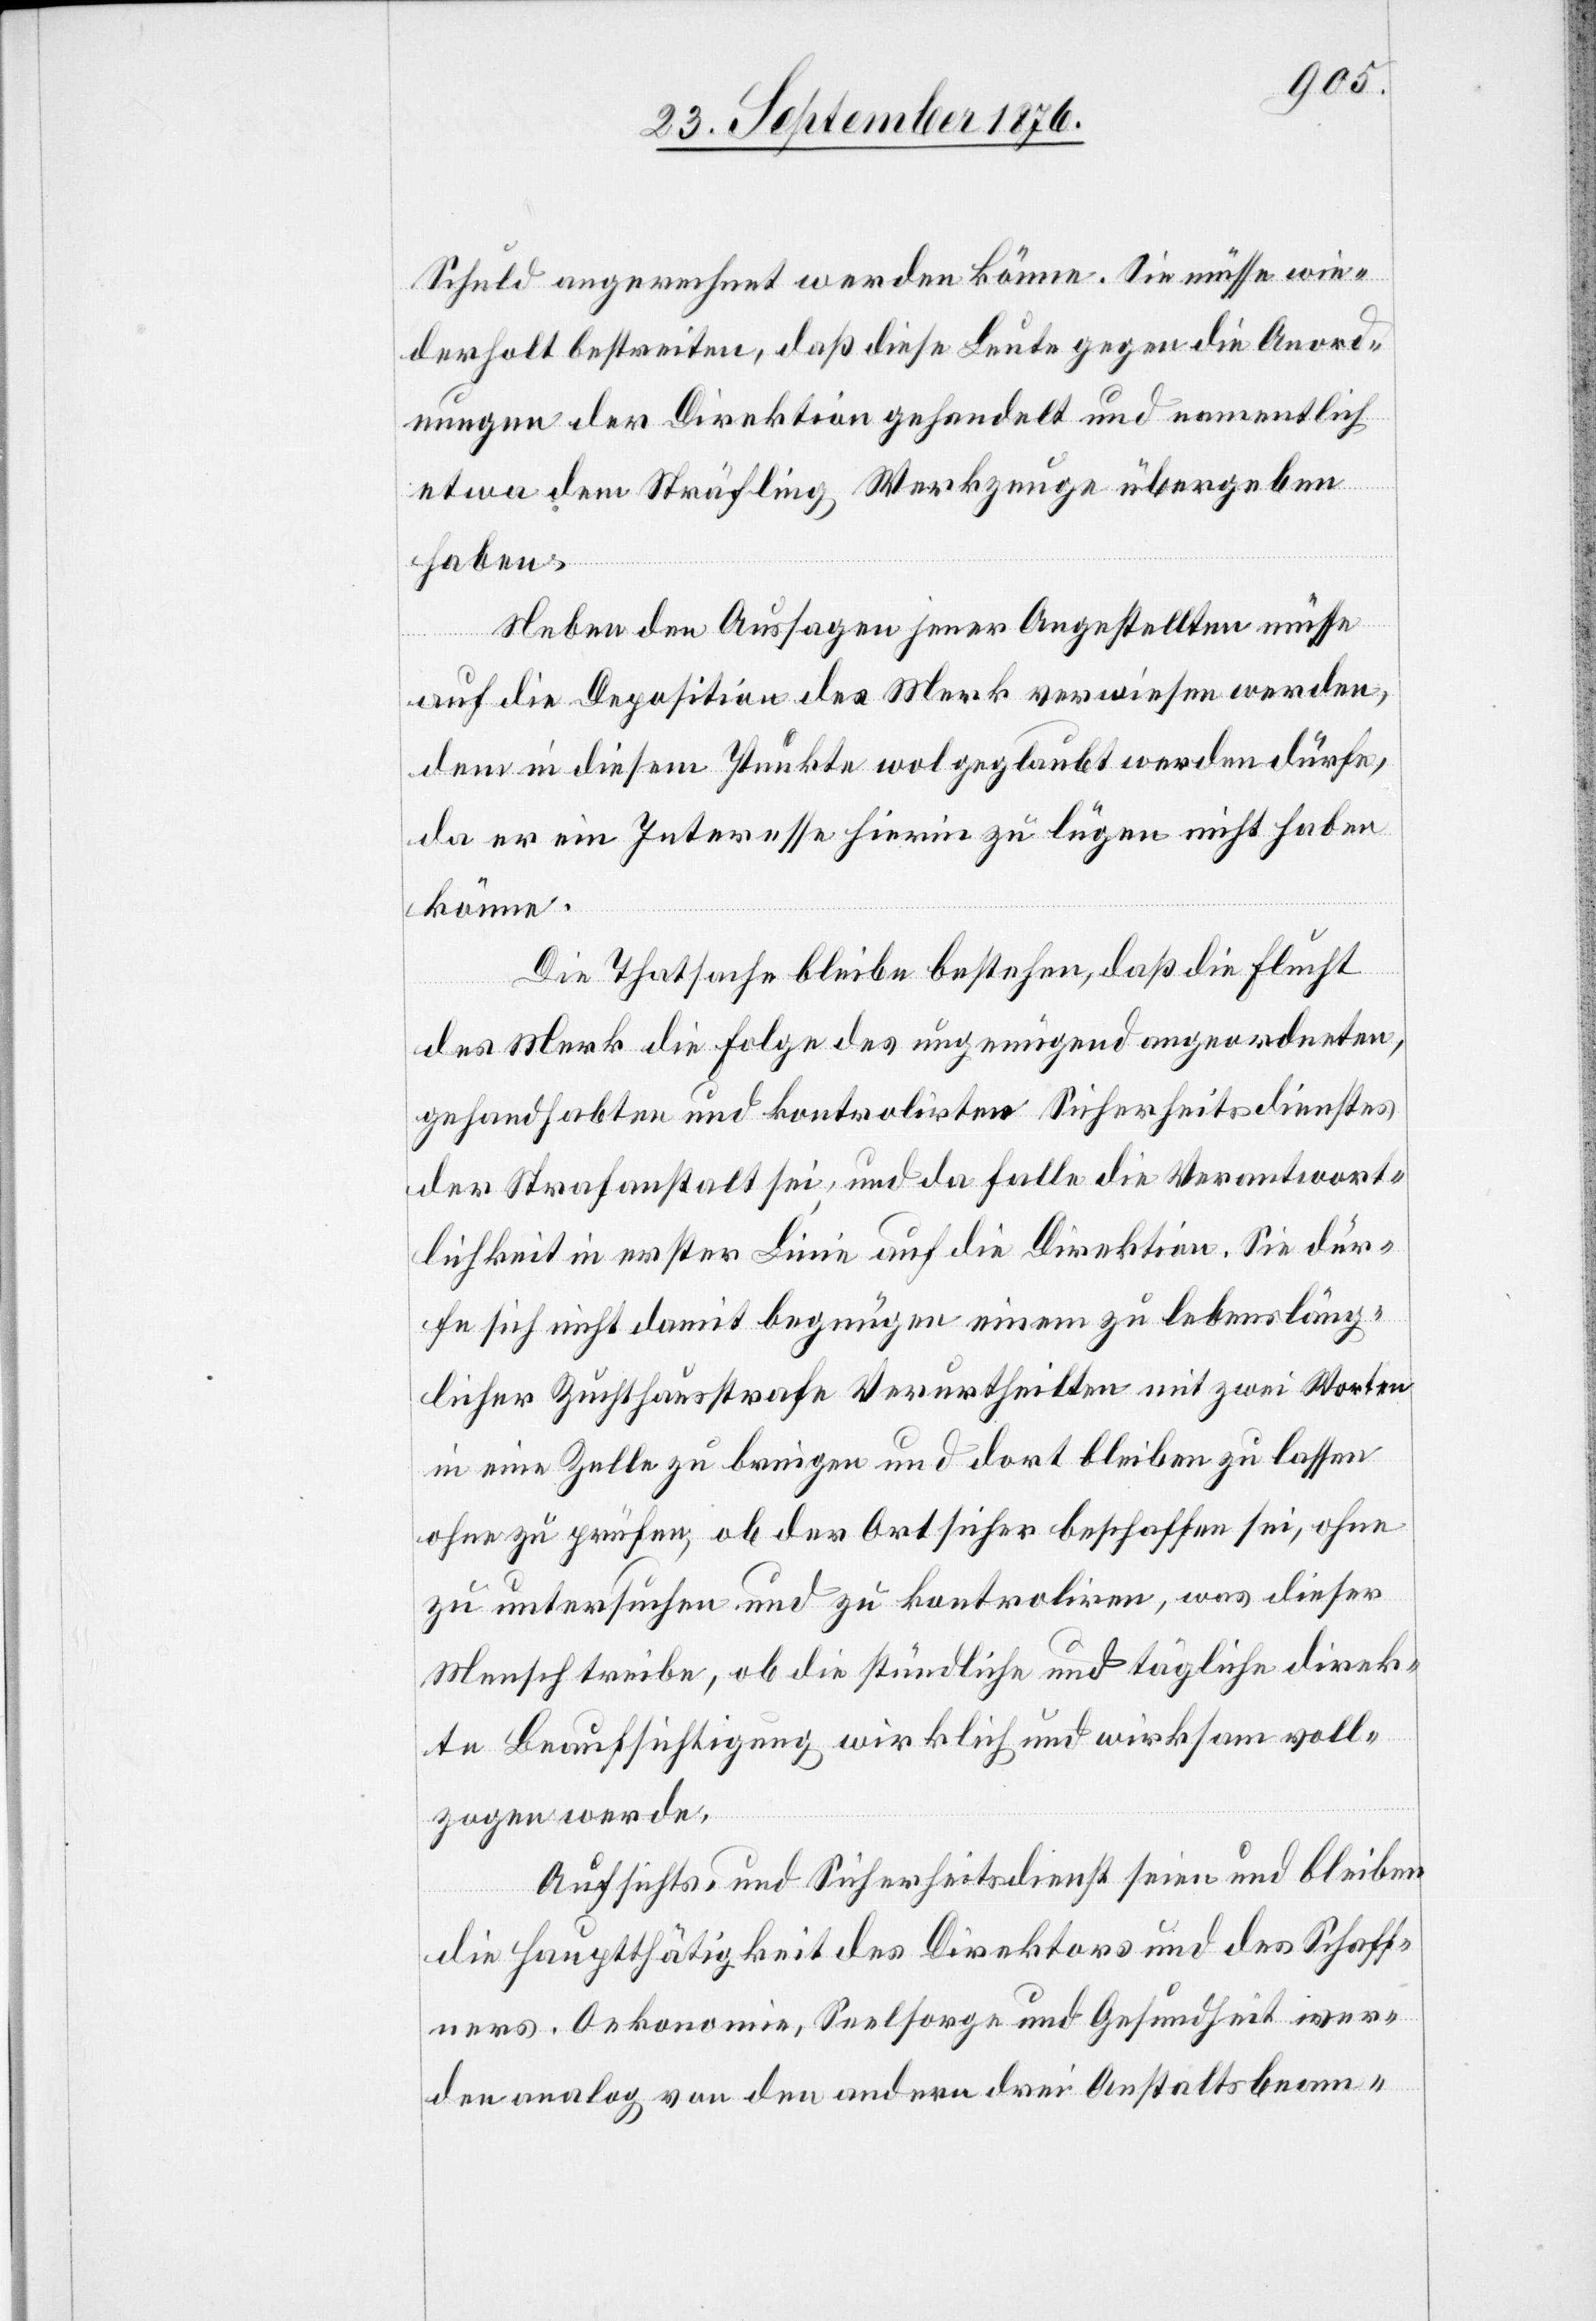
Schuld angerechnet werden könne. Sie müsse wie¬
derholt bestreiten, daß diese Leute gegen die Anord¬
nungen der Direktion gehandelt und namentlich
etwa dem Sträfling Werkzeuge übergeben
haben.
Neben den Aussagen jener Angestellten müsse
auf die Deposition des Merk verwiesen werden,
dem in diesem Punkte wol geglaubt werden dürfe,
da er ein Interesse hierin zu lügen nicht haben
könne.
Die Thatsache bleibe bestehen, daß die Flucht
des Merk die Folge des ungenügend angeordneten,
gehandhabten und kontrolirten Sicherheitsdienstes
der Strafanstalt sei, und da falle die Verantwort¬
lichkeit in erster Linie auf die Direktion. Sie dür¬
fe sich nicht damit begnügen einem zu lebensläng¬
licher Zuchthausstrafe Verurtheilten mit zwei Worten
in eine Zelle zu bringen und dort bleiben zu lassen
ohne zu prüfen, ob der Ort sicher beschaffen sei, ohne
zu untersuchen und zu kotroliren, was dieser
Mensch treibe, ob die stündliche und tägliche direk¬
te Beaufsichtigung wirklich und wirksam voll¬
zogen werde.
Aufsichts- und Sicherheitsdienst seien und bleiben
die Hauptthätigkeit des Direktors und des Schaff¬
ners. Oekonomie, Seelsorge und Gesundheit wer¬
den analog von den andern drei Anstaltsbeam-